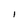
Character: I